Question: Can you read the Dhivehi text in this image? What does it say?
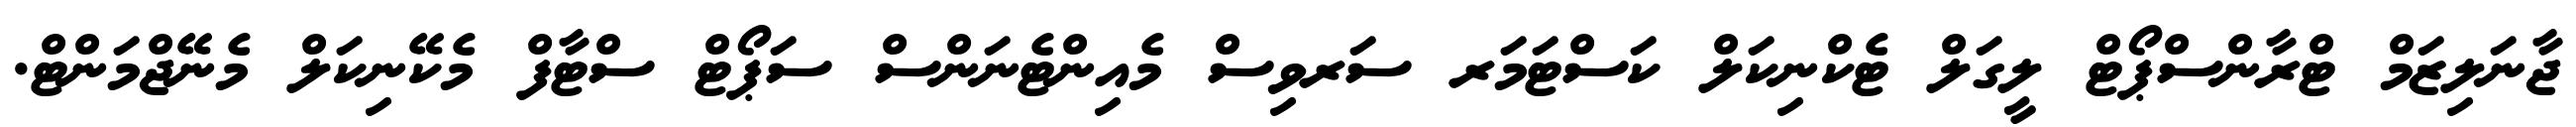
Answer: ޖާނަލިޒަމް ޓްރާންސްޕޯޓް ލީގަލް ޓެކްނިކަލް ކަސްޓަމަރ ސަރވިސް މެއިންޓެނަންސް ސަޕޯޓް ސްޓާފް މެކޭނިކަލް މެނޭޖްމަންޓް.